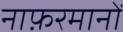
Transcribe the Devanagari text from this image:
नाफ़रमानों